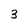
Character: 3